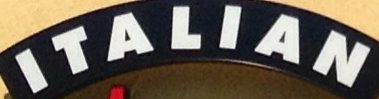
ITALIAN